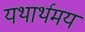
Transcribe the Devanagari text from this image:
यथार्थमय